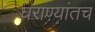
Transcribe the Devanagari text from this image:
घराण्यांतच